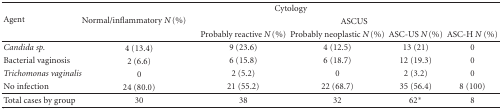
<table><thead><tr><td></td><td colspan="5"><b>Cytology</b></td></tr><tr><td rowspan="2"><b>Agent </b></td><td rowspan="2"><b>Normal/inflammatory <i>N</i> (%) </b></td><td colspan="4"><b> ASCUS</b></td></tr><tr><td><b>Probably reactive <i>N</i> (%)</b></td><td><b>Probably neoplastic <i>N</i> (%)</b></td><td><b>ASC-US <i>N</i> (%)</b></td><td><b>ASC-H <i>N</i>(%)</b></td></tr></thead><tbody><tr><td><i>Candida sp.</i></td><td>4 (13.4)</td><td>9 (23.6)</td><td>4 (12.5)</td><td>13 (21)</td><td>0</td></tr><tr><td>Bacterial vaginosis</td><td>2 (6.6)</td><td>6 (15.8)</td><td>6 (18.7)</td><td>12 (19.3)</td><td>0</td></tr><tr><td><i>Trichomonas vaginalis</i></td><td>0</td><td>2 (5.2)</td><td>0</td><td>2 (3.2)</td><td>0</td></tr><tr><td>No infection</td><td>24 (80.0)</td><td>21 (55.2)</td><td>22 (68.7)</td><td>35 (56.4)</td><td>8 (100) </td></tr><tr><td>Total cases by group</td><td>30</td><td>38</td><td>32</td><td>62*</td><td>8</td></tr></tbody></table>